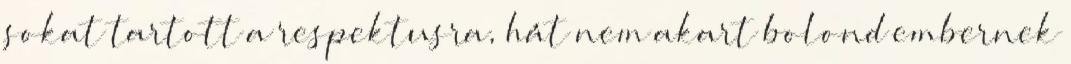
sokat tartott a respektusra, hát nem akart bolond embernek